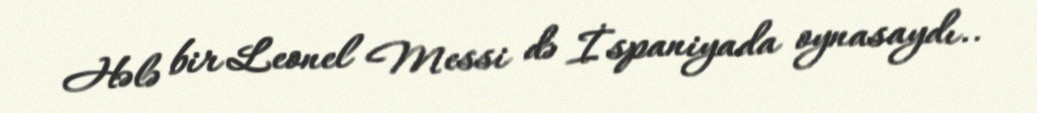
Hələ bir Leonel Messi də İspaniyada oynasaydı..